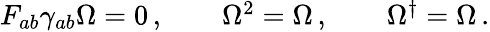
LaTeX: \begin{array}{ccc}{{F_{ab}\gamma_{ab}\Omega=0\, ,~~}}&{{~~\Omega^{2}=\Omega\, ,~~}}&{{~~\Omega^{\dagger}=\Omega\, .}}\end{array}